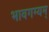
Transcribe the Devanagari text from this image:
भावगम्यम्